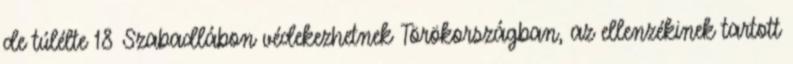
de túlélte 18 Szabadlábon védekezhetnek Törökországban, az ellenzékinek tartott